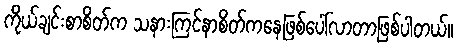
ကိုယ်ချင်းစာစိတ်က သနားကြင်နာစိတ်ကနေဖြစ်ပေါ်လာတာဖြစ်ပါတယ်။